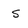
Character: S